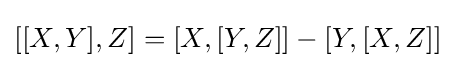
[[X,Y],Z]=[X,[Y,Z]]-[Y,[X,Z]]~